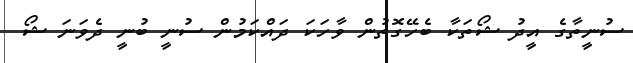
ސުނީތާގެ އީދު ޝޯތަކާ ބެހޭގޮތުން ވާހަކަ ދައްކަމުން ސުނީ ބުނީ ދެވަނަ ޝޯ